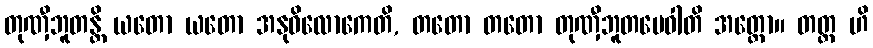
တုဏှီဘူတန္တိ ယတော ယတော အနုဝိလောကေတိ, တတော တတော တုဏှီဘူတမေဝါတိ အတ္ထော။ တတ္ထ ဟိ